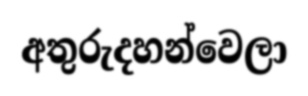
අතුරුදහන්වෙලා